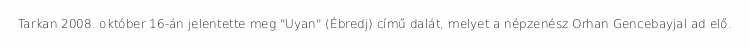
Tarkan 2008. október 16-án jelentette meg "Uyan" (Ébredj) című dalát, melyet a népzenész Orhan Gencebayjal ad elő.